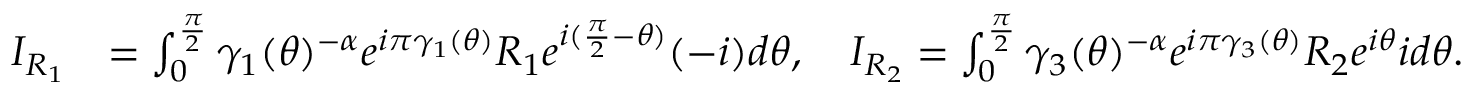
\begin{array} { r l } { I _ { R _ { 1 } } } & { = \int _ { 0 } ^ { \frac { \pi } { 2 } } \gamma _ { 1 } ( \theta ) ^ { - \alpha } e ^ { i \pi \gamma _ { 1 } ( \theta ) } R _ { 1 } e ^ { i ( \frac { \pi } { 2 } - \theta ) } ( - i ) d \theta , \quad I _ { R _ { 2 } } = \int _ { 0 } ^ { \frac { \pi } { 2 } } \gamma _ { 3 } ( \theta ) ^ { - \alpha } e ^ { i \pi \gamma _ { 3 } ( \theta ) } R _ { 2 } e ^ { i \theta } i d \theta . } \end{array}